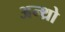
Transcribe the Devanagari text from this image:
अन्थ्रो